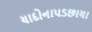
યાદોનાપડછાયા